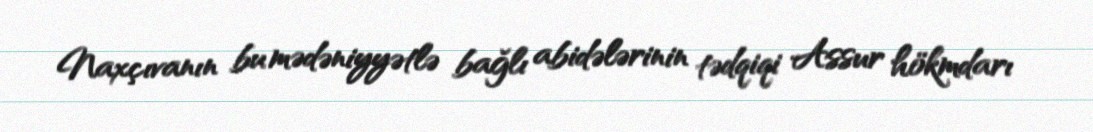
Naxçıvanın bu mədəniyyətlə bağlı abidələrinin tədqiqi Assur hökmdarı